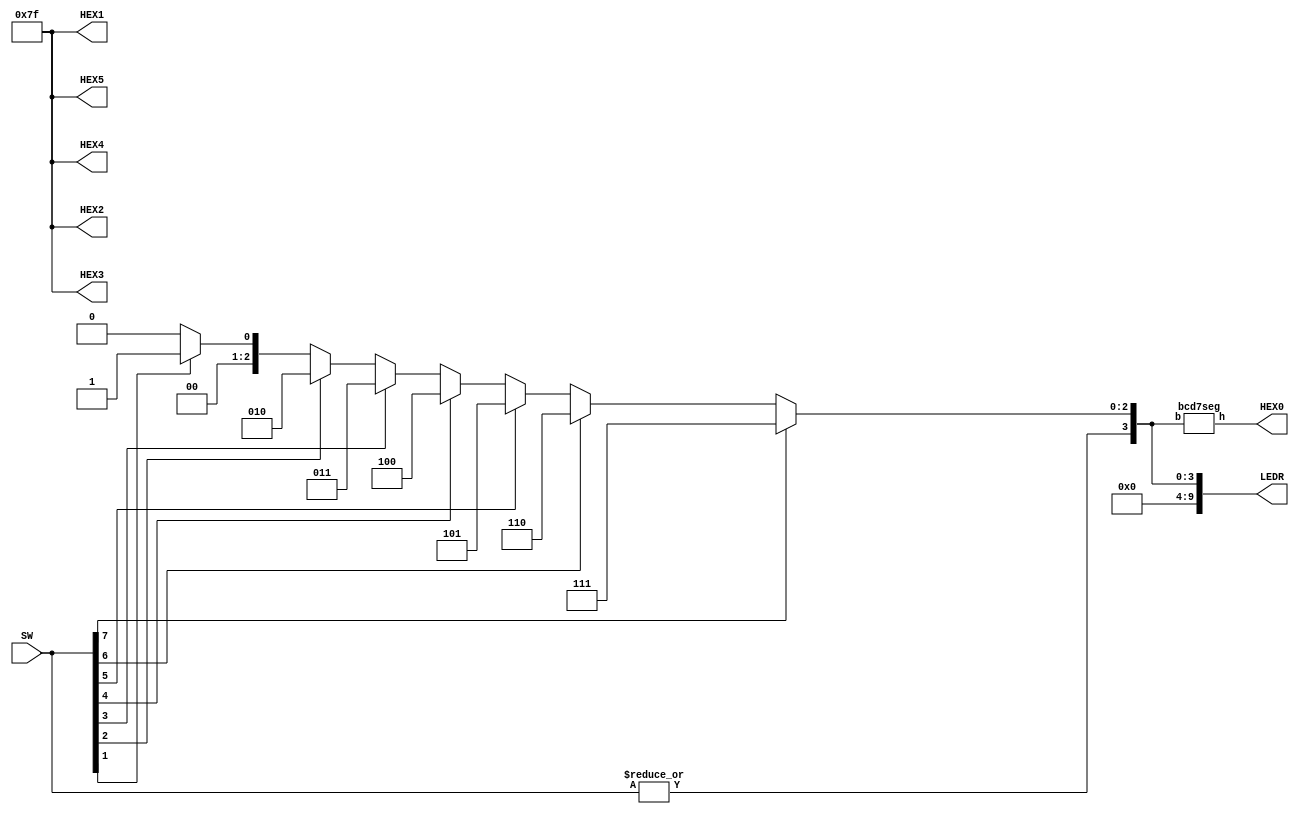

//=======================================================
//  This code is generated by Terasic System Builder
//=======================================================

module exp02(

	//////////// SW //////////
	input 		     [9:0]		SW,

	//////////// LED //////////
	output		     [9:0]		LEDR,

	//////////// Seg7 //////////
	output		     [6:0]		HEX0,
	output		     [6:0]		HEX1,
	output		     [6:0]		HEX2,
	output		     [6:0]		HEX3,
	output		     [6:0]		HEX4,
	output		     [6:0]		HEX5
);



//=======================================================
//  REG/WIRE declarations
//=======================================================

reg [2:0] O;
reg valid;
integer i;
bcd7seg b({valid,O}, HEX0);

always @ (SW) begin
	O = 0;
	for(i = 0; i <= 7; i = i + 1)
		if(SW[i] == 1)
			O = i;
	valid = |SW;
end

assign LEDR[2:0] = O;
assign LEDR[3] = valid;
assign LEDR[9:4] = 0;
assign HEX1 = 7'b1111111;
assign HEX2 = 7'b1111111;
assign HEX3 = 7'b1111111;
assign HEX4 = 7'b1111111;
assign HEX5 = 7'b1111111;

//=======================================================
//  Structural coding
//=======================================================



endmodule

module bcd7seg(
	 input  [3:0] b,
	 output reg [6:0] h
	 );

   //add your code here
    always @(*) begin
		if(b[3] == 0)
			h = 7'b1111111;
		else begin
			case(b[2:0])
				0 : h = 7'b1000000;
				1 : h = 7'b1111001;
				2 : h = 7'b0100100;
				3 : h = 7'b0110000;
				4 : h = 7'b0011001;
				5 : h = 7'b0010010;
				6 : h = 7'b0000010;
				7 : h = 7'b1111000;
				default : h = 7'b1111111;
				
			endcase 
		end
    end
	 
endmodule